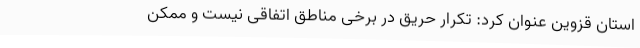
استان قزوین عنوان کرد: تکرار حریق در برخی مناطق اتفاقی نیست و ممکن